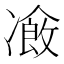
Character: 𠘄